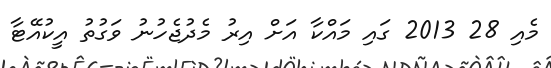
މެއި 28 2013 ގައި މައްކާ އަށް އިރު މެދުޖެހުނު ވަގުތު އީކުއޭޓާ